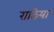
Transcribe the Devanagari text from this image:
राठिया